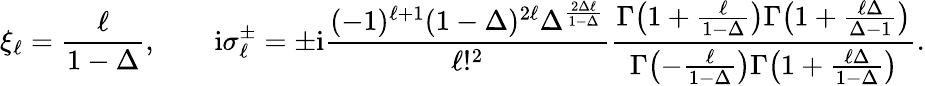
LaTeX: \xi_{\ell}=\frac{\ell}{1-\Delta},\qquad\mathrm{i}\sigma_{\ell}^{\pm}=\pm\mathrm{i}\frac{(-1)^{\ell+1}(1-\Delta)^{2\ell}\Delta^{\frac{2\Delta\ell}{1-\Delta}}}{\ell!^{2}}\frac{\Gamma\bigl(1+\frac{\ell}{1-\Delta}\bigr)\Gamma\bigl(1+\frac{\ell\Delta}{\Delta-1}\bigr)}{\Gamma\bigl(-\frac{\ell}{1-\Delta}\bigr)\Gamma\bigl(1+\frac{\ell\Delta}{1-\Delta}\bigr)}.